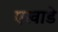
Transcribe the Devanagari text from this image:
एखाडे